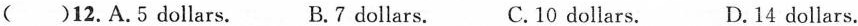
()12.A.5 dollars. B.7 dollars. C.10 dollars. D.14 dollars.